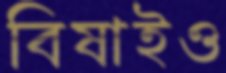
বিষাইও